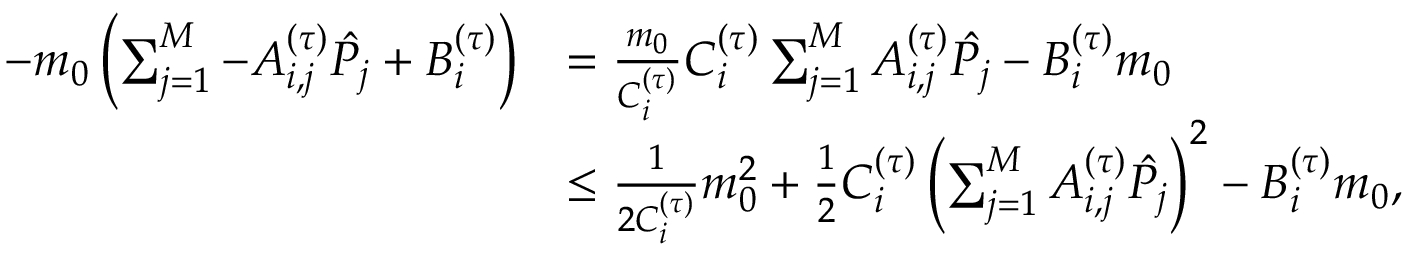
\begin{array} { r l } { - m _ { 0 } \left( \sum _ { j = 1 } ^ { M } - A _ { i , j } ^ { ( \tau ) } \hat { P _ { j } } + B _ { i } ^ { ( \tau ) } \right) } & { = \frac { m _ { 0 } } { C _ { i } ^ { ( \tau ) } } C _ { i } ^ { ( \tau ) } \sum _ { j = 1 } ^ { M } A _ { i , j } ^ { ( \tau ) } \hat { P _ { j } } - B _ { i } ^ { ( \tau ) } m _ { 0 } } \\ & { \leq \frac { 1 } { 2 C _ { i } ^ { ( \tau ) } } m _ { 0 } ^ { 2 } + \frac { 1 } { 2 } C _ { i } ^ { ( \tau ) } \left( \sum _ { j = 1 } ^ { M } A _ { i , j } ^ { ( \tau ) } \hat { P _ { j } } \right) ^ { 2 } - B _ { i } ^ { ( \tau ) } m _ { 0 } , } \end{array}